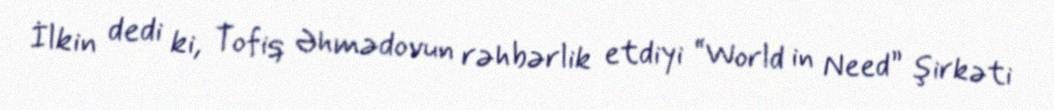
İlkin dedi ki, Tofiq Əhmədovun rəhbərlik etdiyi “World in Need” şirkəti